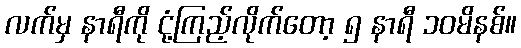
လက်မှ နာရီကို ငုံ့ကြည့်လိုက်တော့ ၅ နာရီ ၁၀မိနစ်။